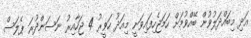
އަދި މިބައްދަލުވުން ބޭއްވުމަށް ހަމަޖެހިފައިވަނީ މިއަދު ހަވީރު 4 ޖަހާއިރު ނަސަންދުރަ ޕެލަސް